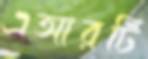
এআরটি